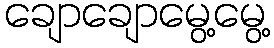
ချောချောမွေ့မွေ့